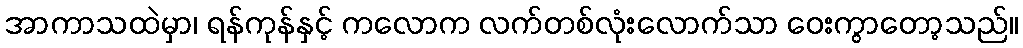
အာကာသထဲမှာ၊ ရန်ကုန်နှင့် ကလောက လက်တစ်လုံးလောက်သာ ဝေးကွာတော့သည်။